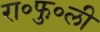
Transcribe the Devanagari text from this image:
रा॰फु॰ली